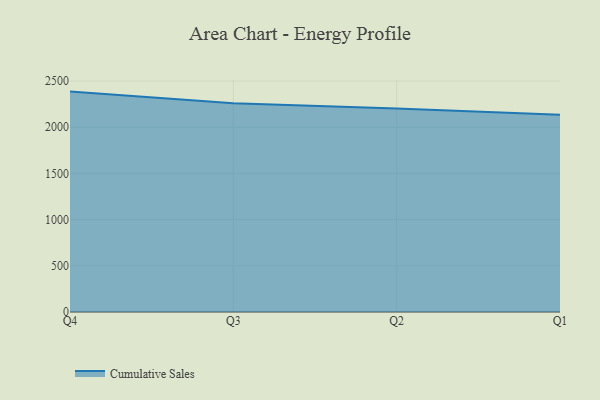
{"axis": {"x": "Quarter", "y": "Conversion Rate (%)"}, "legend": ["Cumulative Sales"], "data": [{"x": "Q4", "y": 2386.0, "type": "Cumulative Sales"}, {"x": "Q3", "y": 2259.0, "type": "Cumulative Sales"}, {"x": "Q2", "y": 2203.2, "type": "Cumulative Sales"}, {"x": "Q1", "y": 2136.7, "type": "Cumulative Sales"}]}